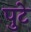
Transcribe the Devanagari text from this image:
पुटे